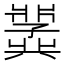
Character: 𫤵